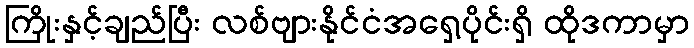
ကြိုးနှင့်ချည်ပြီး လစ်ဗျားနိုင်ငံအရှေ့ပိုင်းရှိ ထိုဒကာမှာ